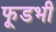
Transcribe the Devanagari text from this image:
फूडभी